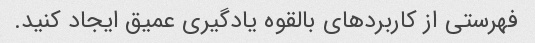
فهرستی از کاربردهای بالقوه یادگیری عمیق ایجاد کنید.